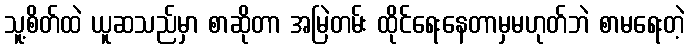
သူ့စိတ်ထဲ ယူဆသည်မှာ စာဆိုတာ အမြဲတမ်း ထိုင်ရေးနေတာမှမဟုတ်ဘဲ စာမရေးတဲ့